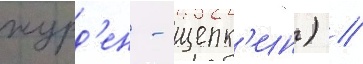
журд'ен - щепк'ин) //